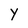
Character: Y